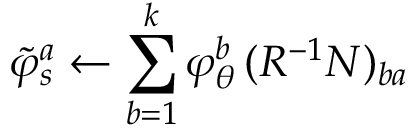
\tilde { \varphi } _ { s } ^ { a } \gets \sum _ { b = 1 } ^ { k } \varphi _ { \theta } ^ { b } \, ( R ^ { - 1 } N ) _ { b a }